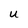
Character: U